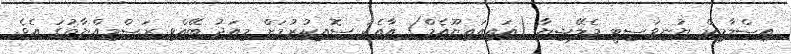
އިސްލާމިކް ޔުނިވަސިޓީ މެލޭޝިޔާ (އައިއައިޔޫއެމް) އާއެކު ސޮއިކުރުމަށް މިއަދު ބޭއްވި ރަސްމިއްޔާތުގަ އެވެ.